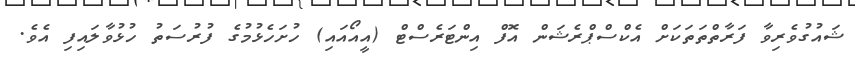
ޝައުގުވެރިވާ ފަރާތްތަތަކަށް އެކްސްޕްރެޝަން އޮފް އިންޓަރެސްޓް (އީއޯއައި) ހުށަހެޅުމުގެ ފުރުސަތު ހުޅުވާލައިފި އެވެ.